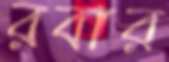
রবার